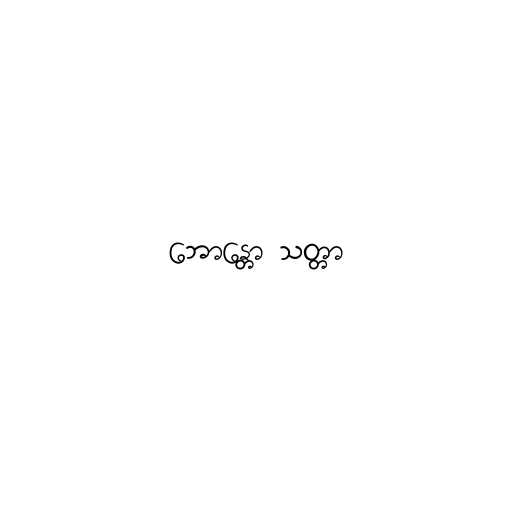
ဘောန္တော သတ္တာ